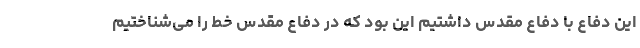
این دفاع با دفاع مقدس داشتیم این بود که در دفاع مقدس خط را می‌شناختیم